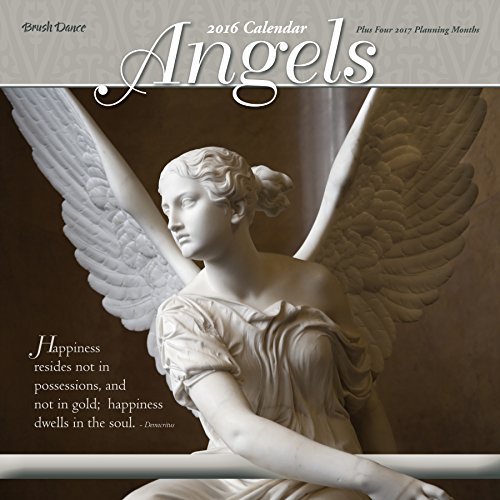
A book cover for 2016 Angels Wall Calendar; Brush Dance; Calendars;